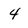
Character: 4